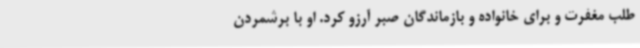
طلب مغفرت و برای خانواده و بازماندگان صبر آرزو کرد. او با برشمردن